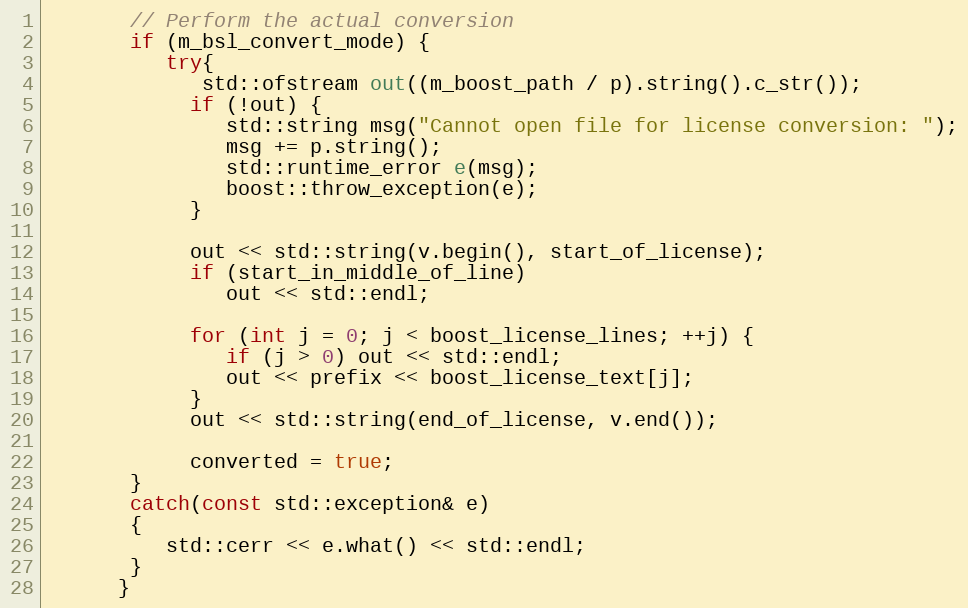
Language: C++
       // Perform the actual conversion
       if (m_bsl_convert_mode) {
          try{
             std::ofstream out((m_boost_path / p).string().c_str());
            if (!out) {
               std::string msg("Cannot open file for license conversion: ");
               msg += p.string();
               std::runtime_error e(msg);
               boost::throw_exception(e);
            }

            out << std::string(v.begin(), start_of_license);
            if (start_in_middle_of_line)
               out << std::endl;

            for (int j = 0; j < boost_license_lines; ++j) {
               if (j > 0) out << std::endl;
               out << prefix << boost_license_text[j];
            }
            out << std::string(end_of_license, v.end());

            converted = true;
       }
       catch(const std::exception& e)
       {
          std::cerr << e.what() << std::endl;
       }
      }